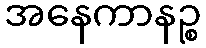
အနေကာနဉ္စ